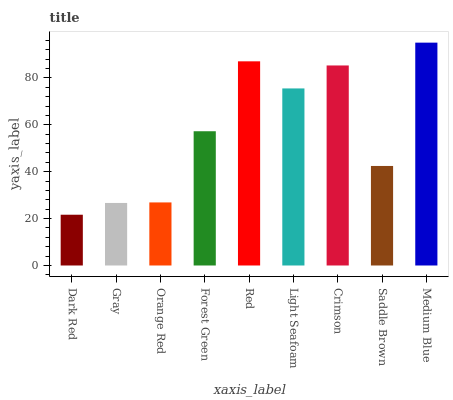
| xaxis_label | bars |
 | --- | --- |
 | Dark Red | 21.7 |
 | Gray | 26.7 |
 | Orange Red | 26.9 |
 | Forest Green | 57.3 |
 | Red | 87.1 |
 | Light Seafoam | 75.5 |
 | Crimson | 85.3 |
 | Saddle Brown | 42.5 |
 | Medium Blue | 95.1 |